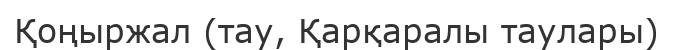
Қоңыржал (тау, Қарқаралы таулары)